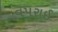
વપરાઈ